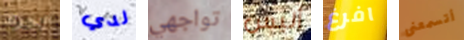
أجرك لدي تواجهي أليس افرغ أتسمعنى